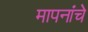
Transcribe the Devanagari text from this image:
मापनांचे